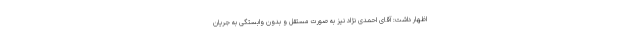
اظهار داشت: آقای احمدی نژاد نیز به صورت مستقل و بدون وابستگی به جریان